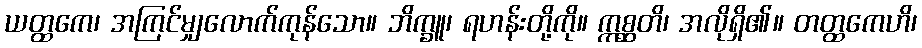
ယတ္ထကေ၊ အကြင်မျှလောက်ကုန်သော။ ဘိက္ခူ၊ ရဟန်းတို့ကို။ ဣစ္ဆတိ၊ အလိုရှိ၏။ တတ္ထကေဟိ၊